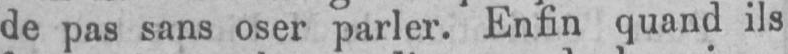
de pas sans oser parler. Enfin quand ils